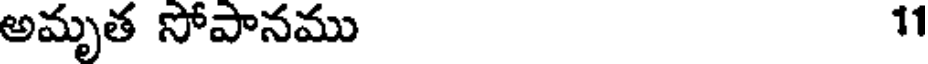
అమృత సోపానము 11